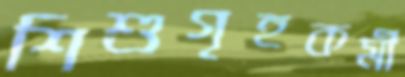
শিশুগৃহকর্মী